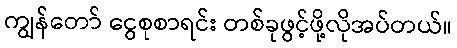
ကျွန်တော် ငွေစုစာရင်း တစ်ခုဖွင့်ဖို့လိုအပ်တယ်။